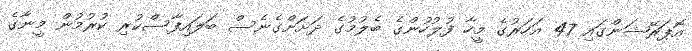
އޮޕަރޭޝަންގައި 47 އަހަރުގެ މީހާ ފުލުހުންގެ ބެލުމުގެ ދަށަށްގެނެސް ބަލައިފާސްކުރި ކުރުމުން މީނާގެ